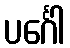
ပင်္ဂေါ